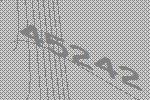
45242